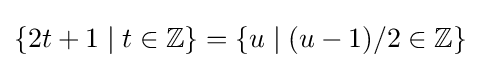
\{2t+1\mid t\in \mathbb {Z} \}=\{u\mid (u-1)/2\in \mathbb {Z} \}